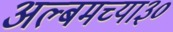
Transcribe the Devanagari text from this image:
अल्बमच्या३०